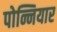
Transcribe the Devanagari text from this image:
पोन्नियार